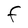
Character: F